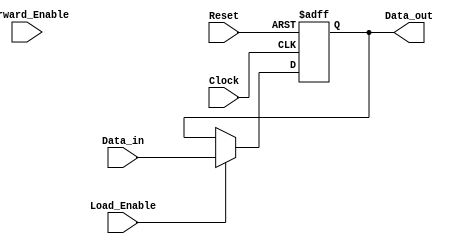
module ForwardingRegister (
    input wire [31:0] Data_in,    // Input data bus
    input wire Forward_Enable,     // Forwarding enable control signal
    input wire Load_Enable,        // Load enable control signal
    input wire Clock,              // Clock signal
    input wire Reset,              // Asynchronous reset
    output reg [31:0] Data_out     // Output data bus
);

// Define the behavior of the Forwarding Register
always @(posedge Clock or posedge Reset) begin
    if (Reset) begin
        // Asynchronous reset: set Data_out to zero
        Data_out <= 32'b0;
    end else if (Load_Enable) begin
        // Load operation: update Data_out with Data_in
        Data_out <= Data_in;
    end else if (Forward_Enable) begin
        // Forward operation: maintain the current value of Data_out
        // No change required; Data_out remains as-is.
    end
    // If neither Load_Enable nor Forward_Enable are asserted, Data_out retains its previous value.
end

endmodule